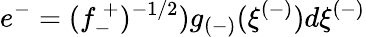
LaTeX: e^{-}=(f_{-}^{~+})^{-1/2})g_{(-)}(\xi^{(-)})d\xi^{(-)}